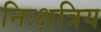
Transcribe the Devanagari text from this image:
निःक्षत्रिय